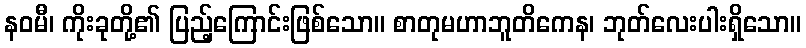
နဝမီ၊ ကိုးခုတို့၏ ပြည့်ကြောင်းဖြစ်သော။ စာတုမဟာဘူတိကေန၊ ဘုတ်လေးပါးရှိသော။